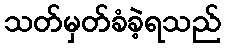
သတ်မှတ်ခံခဲ့ရသည်